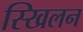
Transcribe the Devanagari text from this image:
स्खिलन